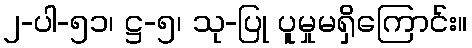
၂-ပါ-၅၁၊ ဋ္ဌ-၅၊ သု-ပြု ပူမှုမရှိကြောင်း။